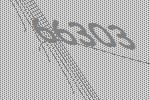
66303